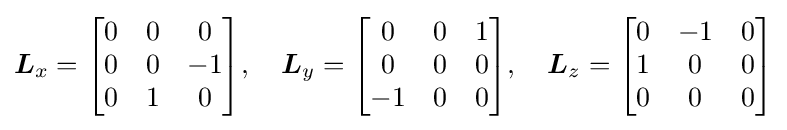
{\boldsymbol {L}}_{x}={\begin{bmatrix}0&0&0\\0&0&-1\\0&1&0\end{bmatrix}},\quad {\boldsymbol {L}}_{y}={\begin{bmatrix}0&0&1\\0&0&0\\-1&0&0\end{bmatrix}},\quad {\boldsymbol {L}}_{z}={\begin{bmatrix}0&-1&0\\1&0&0\\0&0&0\end{bmatrix}}